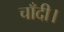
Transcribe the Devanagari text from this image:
चाँदी।